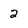
Character: 2